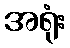
အရုံး